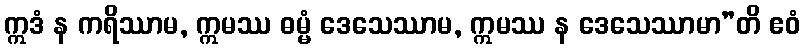
ဣဒံ န ကရိဿာမ, ဣမဿ ဓမ္မံ ဒေသေဿာမ, ဣမဿ န ဒေသေဿာမာ”တိ ဧဝံ